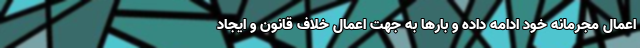
اعمال مجرمانه خود ادامه داده و بارها به جهت اعمال خلاف قانون و ایجاد